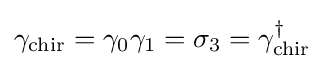
\gamma _{\text{chir}}=\gamma _{0}\gamma _{1}=\sigma _{3}=\gamma _{\text{chir}}^{\dagger }~